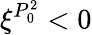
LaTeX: \xi^{P_{0}^{2}}<0